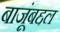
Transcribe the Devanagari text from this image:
बाजूंबद्दल